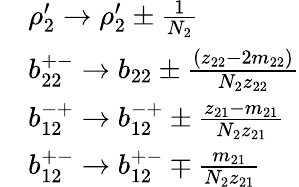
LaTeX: \begin{array}{rl}&{\rho_{2}^{\prime}\rightarrow\rho_{2}^{\prime}\pm\frac{1}{N_{2}}}\\ &{b_{22}^{+-}\rightarrow b_{22}\pm\frac{(z_{22}-2m_{22})}{N_{2}z_{22}}}\\ &{b_{12}^{-+}\rightarrow b_{12}^{-+}\pm\frac{z_{21}-m_{21}}{N_{2}z_{21}}}\\ &{b_{12}^{+-}\rightarrow b_{12}^{+-}\mp\frac{m_{21}}{N_{2}z_{21}}}\end{array}